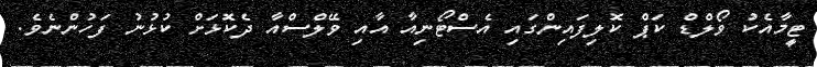
ޓީމާއެކު ވޯލްޑް ކަޕް ކޮލިފައިންގައި އެސްޓޯނިއާ އާއި ވޭލްސްއާ ދެކޮޅަށް ކުޅުނު ފަހުންނެވެ.